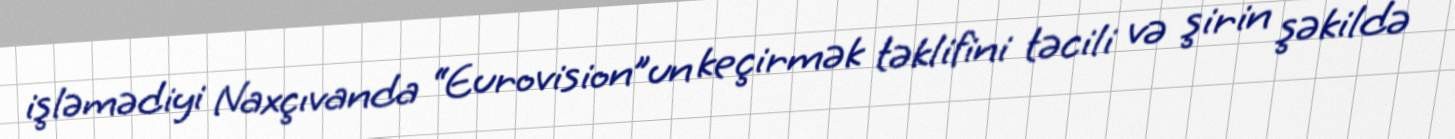
işləmədiyi Naxçıvanda “Eurovision”un keçirmək təklifini təcili və şirin şəkildə